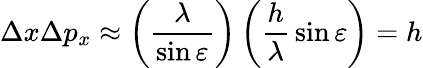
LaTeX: \Delta x\Delta p_{x}\approx\left({\frac{\lambda}{\sin\varepsilon}}\right)\left({\frac{h}{\lambda}}\sin\varepsilon\right)=h